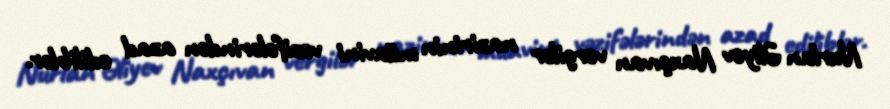
Nurlan Əliyev Naxçıvan vergilər nazirinin müavini vəzifələrindən azad ediliblər.